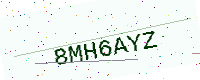
Text: 8MH6AYZ